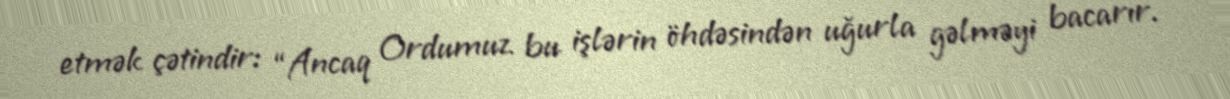
etmək çətindir: “Ancaq Ordumuz bu işlərin öhdəsindən uğurla gəlməyi bacarır.